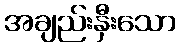
အချည်းနှီးသော